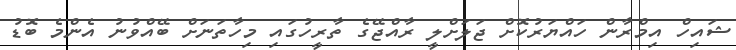
ޝައިހް އިމްރާން ހައްޔަރުކޮށް ޖަލަށްލީ ރާއްޖޭގެ ތާރީހުގައި މިހާތަނަށް ބޭއްވުނު އެންމެ ބޮޑު